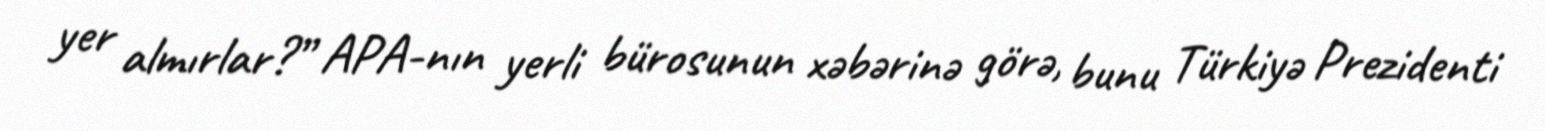
yer almırlar?” APA-nın yerli bürosunun xəbərinə görə, bunu Türkiyə Prezidenti